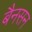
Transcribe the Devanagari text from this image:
बैनसन